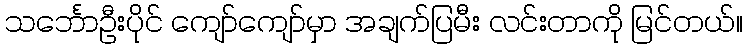
သင်္ဘောဦးပိုင် ကျော်ကျော်မှာ အချက်ပြမီး လင်းတာကို မြင်တယ်။